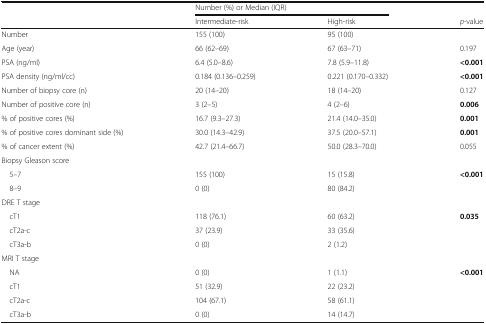
| <ROWSPAN=2>  | <COLSPAN=2> Number (%) or Median (IQR) |  |
 | Intermediate-risk | High-risk | p-value |
 | --- | --- | --- | --- |
 | Number | 155 (100) | 95 (100) |  |
 | Age (year) | 66 (62–69) | 67 (63–71) | 0.197 |
 | PSA (ng/ml) | 6.4 (5.0–8.6) | 7.8 (5.9–11.8) | <0.001 |
 | PSA density (ng/ml/cc) | 0.184 (0.136–0.259) | 0.221 (0.170–0.332) | <0.001 |
 | Number of biopsy core (n) | 20 (14–20) | 18 (14–20) | 0.127 |
 | Number of positive core (n) | 3 (2–5) | 4 (2–6) | 0.006 |
 | % of positive cores (%) | 16.7 (9.3–27.3) | 21.4 (14.0–35.0) | 0.001 |
 | % of positive cores dominant side (%) | 30.0 (14.3–42.9) | 37.5 (20.0–57.1) | 0.001 |
 | % of cancer extent (%) | 42.7 (21.4–66.7) | 50.0 (28.3–70.0) | 0.055 |
 | <COLSPAN=4> Biopsy Gleason score |
 | 5–7 | 155 (100) | 15 (15.8) | <0.001 |
 | 8–9 | 0 (0) | 80 (84.2) |  |
 | <COLSPAN=4> DRE T stage |
 | cT1 | 118 (76.1) | 60 (63.2) | 0.035 |
 | cT2a-c | 37 (23.9) | 33 (35.6) |  |
 | cT3a-b | 0 (0) | 2 (1.2) |  |
 | <COLSPAN=4> MRI T stage |
 | NA | 0 (0) | 1 (1.1) | <0.001 |
 | cT1 | 51 (32.9) | 22 (23.2) |  |
 | cT2a-c | 104 (67.1) | 58 (61.1) |  |
 | cT3a-b | 0 (0) | 14 (14.7) |  |